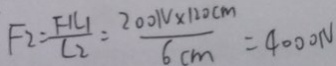
F _ { 2 } = \frac { F _ { 1 } L _ { 1 } } { L _ { 2 } } = \frac { 2 0 0 1 v \times 1 2 0 c m } { 6 c m } = 4 0 0 0 1 v